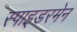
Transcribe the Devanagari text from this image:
स्पाइडरमेन